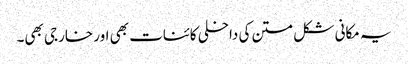
یہ مکانی شکل متن کی داخلی کائنات بھی اور خارجی بھی۔